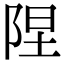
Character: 陧